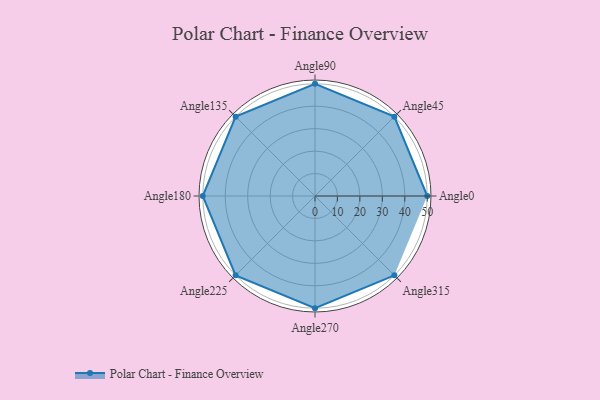
{"axis": {"x": "Angle", "y": "Radius"}, "legend": [""], "data": [{"x": "Angle0", "y": 50, "type": ""}, {"x": "Angle45", "y": 50, "type": ""}, {"x": "Angle90", "y": 50, "type": ""}, {"x": "Angle135", "y": 50, "type": ""}, {"x": "Angle180", "y": 50, "type": ""}, {"x": "Angle225", "y": 50, "type": ""}, {"x": "Angle270", "y": 50, "type": ""}, {"x": "Angle315", "y": 50, "type": ""}]}